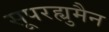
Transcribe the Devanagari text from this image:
सूपरह्युमैन